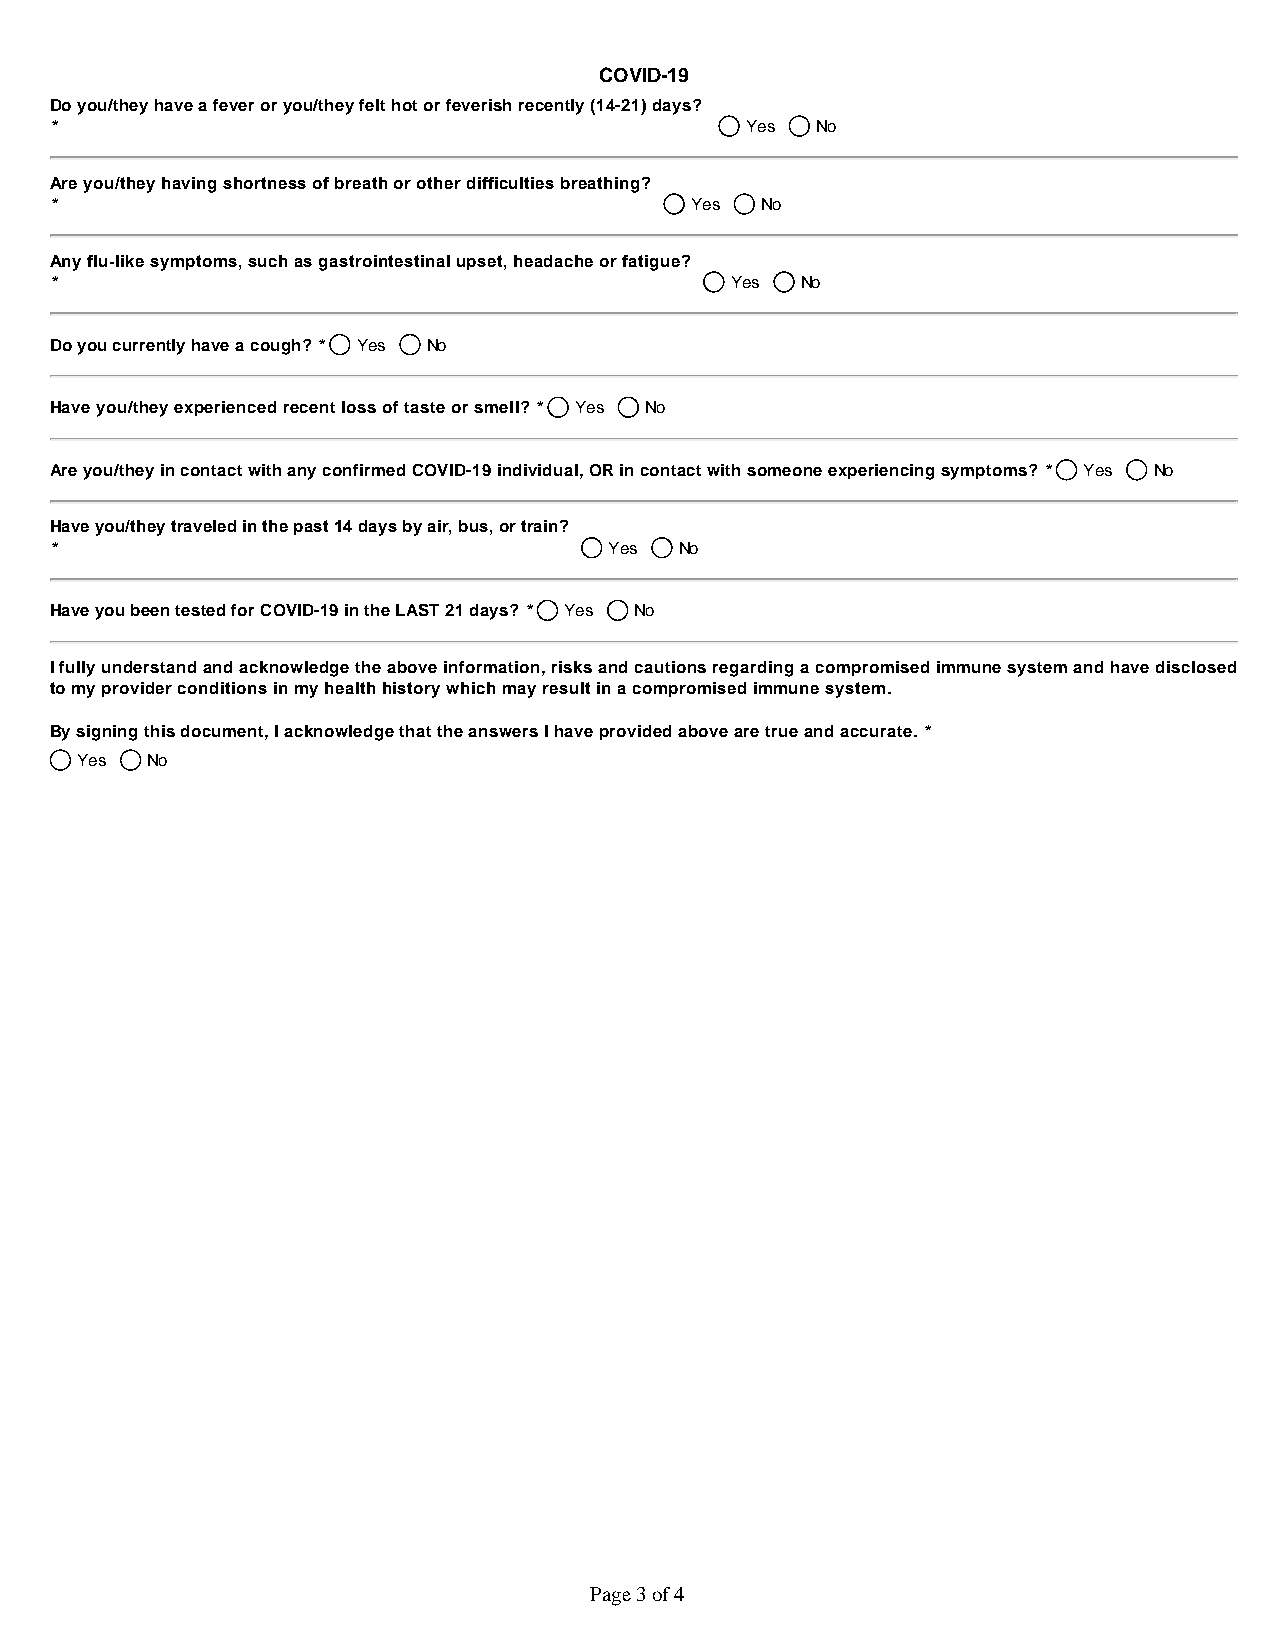
COVID-19
 Do you/they have a fever or you/they felt hot or feverish recently (14-21) days? ​
 *                                             Yes  No
 Are you/they having shortness of breath or other difficulties breathing? ​
 *                                          Yes No
 Any flu-like symptoms, such as gastrointestinal upset, headache or fatigue? ​
 *                                            Yes  No
 Do you currently have a cough? * Yes No
 Have you/they experienced recent loss of taste or smell? * Yes No
 Are you/they in contact with any confirmed COVID-19 individual, OR in contact with someone experiencing symptoms? * Yes No
 Have you/they traveled in the past 14 days by air, bus, or train? ​
 *                                    Yes  No
 Have you been tested for COVID-19 in the LAST 21 days? * Yes No
 I fully understand and acknowledge the above information, risks and cautions regarding a compromised immune system and have disclosed
 to my provider conditions in my health history which may result in a compromised immune system. ​
 By signing this document, I acknowledge that the answers I have provided above are true and accurate. *
 Yes  No
 Page 3 of 4